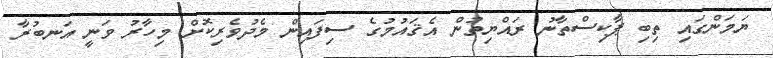
ޔަމަންގައި ތިބި ޕާކިސްތާނު ރައްޔިތުން އެޤައުމުގެ ސިފައިން މެދުވެރިކޮށް މިހާރު ވަނީ އަނބުރާ